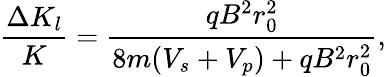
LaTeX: \frac{\Delta K_{l}}{K}=\frac{qB^{2}r_{0}^{2}}{8m(V_{s}+V_{p})+qB^{2}r_{0}^{2}},